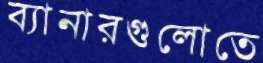
ব্যানারগুলোতে